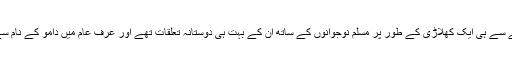
طالب علمی کے زمانے سے ہی ایک کھلاڑی کے طور پر مسلم نوجوانوں کے ساتھ ان کے بہت ہی دوستانہ تعلقات تھے اور عرف عام میں دامو کے نام سے پہچانے جاتے تھے۔